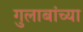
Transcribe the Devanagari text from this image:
गुलाबांच्या